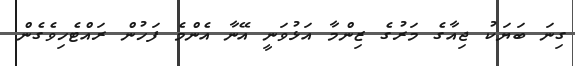
ގިނަ ބަޔަކު ޖިއާގެ މަރުގެ ޒިންމާ އަޅުވަނީ އޭނާ އެންމެ ފަހުން ރައްޓެހިވެގެން